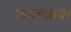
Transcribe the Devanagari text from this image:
कालात्रावा